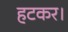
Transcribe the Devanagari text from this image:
हटकर।